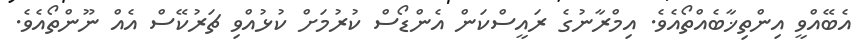
އެބޭއްވީ އިންތިޚާބެއްތޯއެވެ. އިމްރާނުގެ ރައީސްކަން އެންޑޯސް ކުރުމަށް ކުޅުއްވި ޗަރުކޭސް އެއް ނޫންތޯއެވެ.